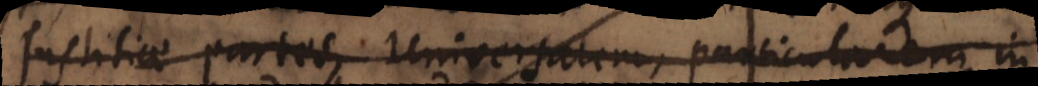
justitiae partes, universalem, particularem in